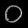
Digit: ၀